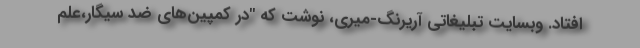
افتاد. وبسایت تبلیغاتی آریرنگ-میری، نوشت که "در کمپین‌های ضد سیگار،علم